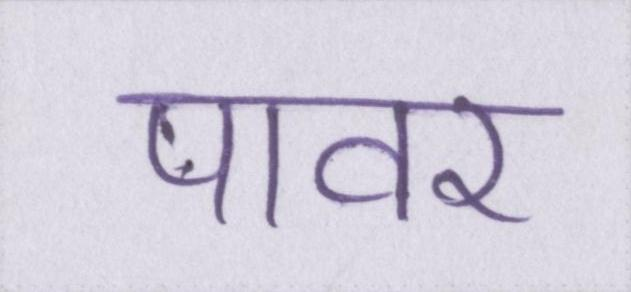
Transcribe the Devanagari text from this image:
पावर